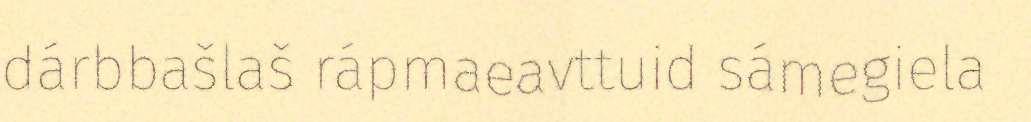
dárbbašlaš rápmaeavttuid sámegiela